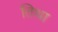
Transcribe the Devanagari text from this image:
तिथा